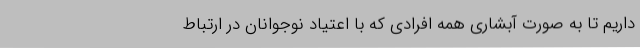
داریم تا به صورت آبشاری همه افرادی که با اعتیاد نوجوانان در ارتباط